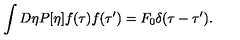
\int D \eta P [ \eta ] f ( \tau ) f ( \tau ^ { \prime } ) = F _ { 0 } \delta ( \tau - \tau ^ { \prime } ) .